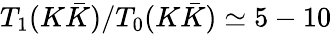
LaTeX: T_{1}(K\bar{K})/T_{0}(K\bar{K})\simeq 5-10